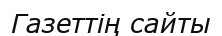
Газеттің сайты